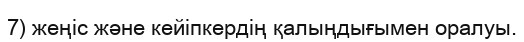
7) жеңіс және кейіпкердің қалыңдығымен оралуы.